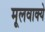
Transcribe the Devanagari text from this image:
मूलवाक्ये